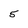
Character: 5